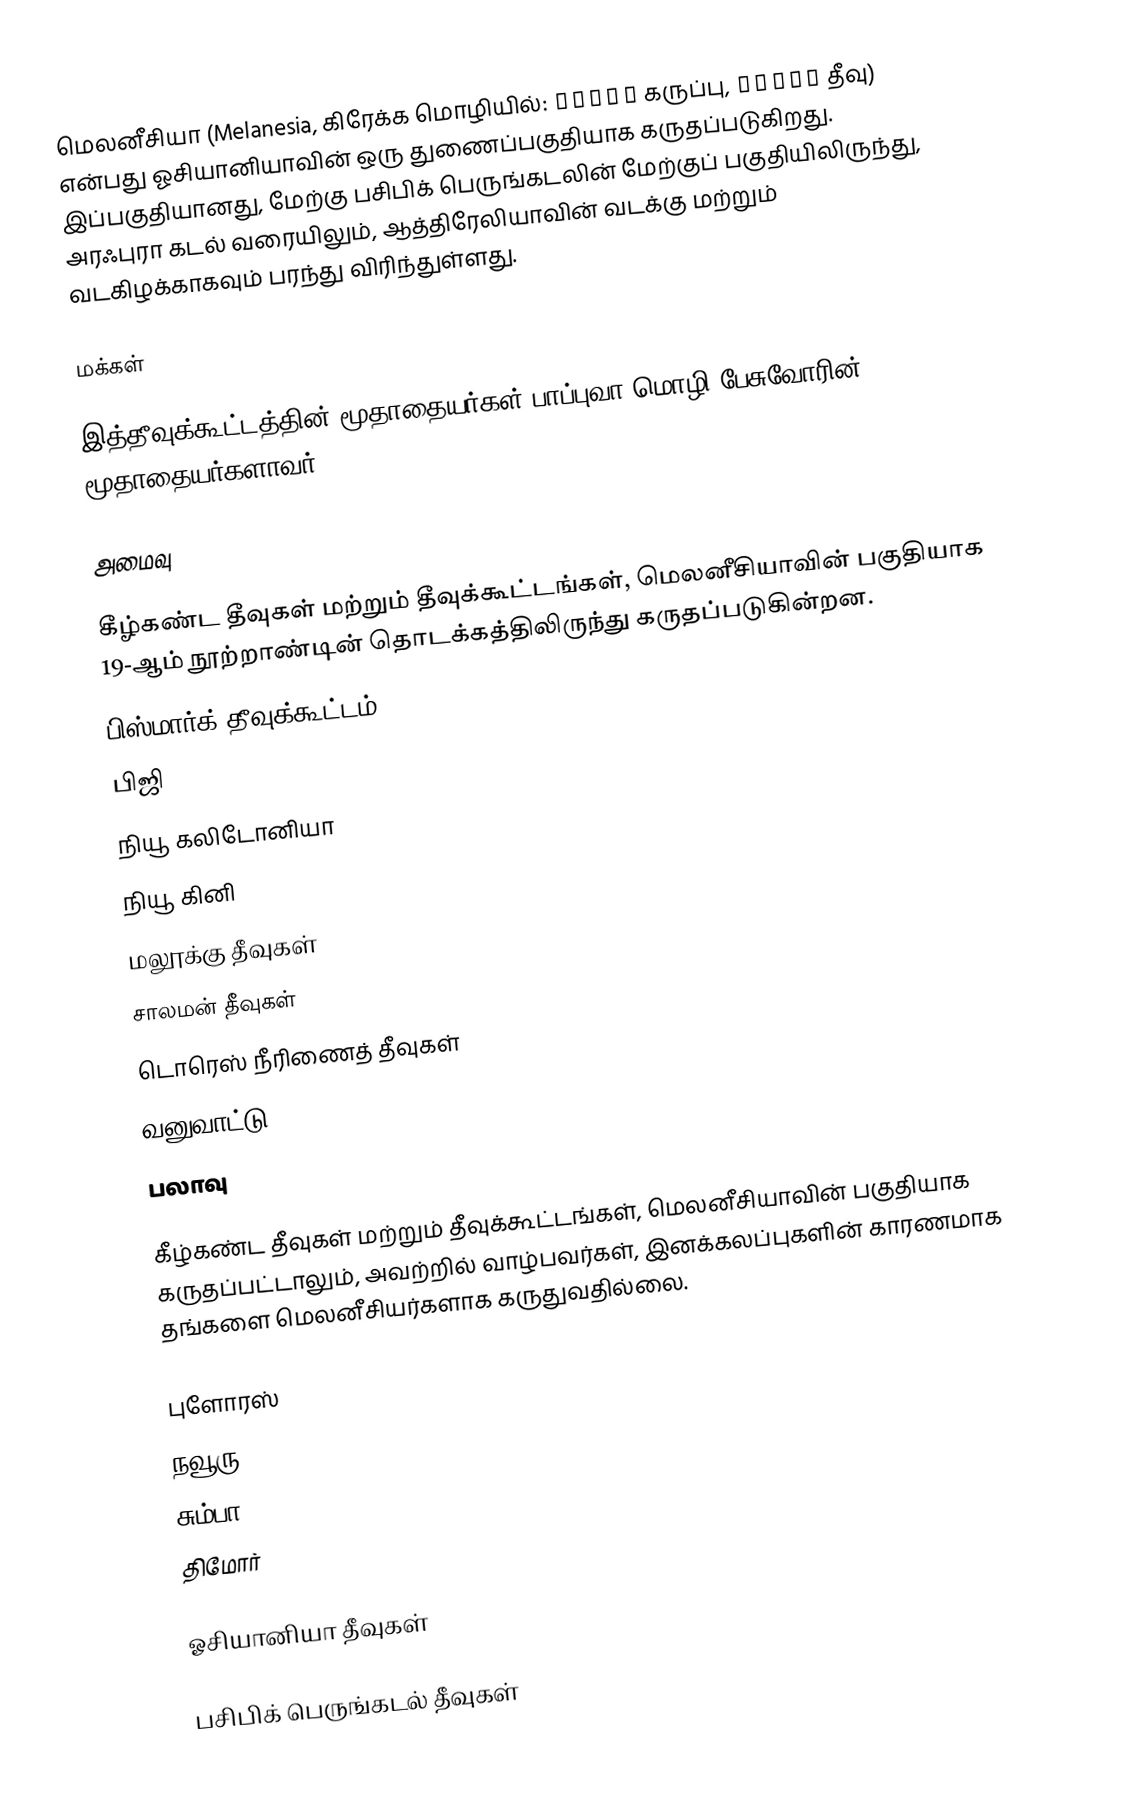
மெலனீசியா (Melanesia, கிரேக்க மொழியில்: μέλας கருப்பு, νῆσος தீவு) என்பது ஓசியானியாவின் ஒரு துணைப்பகுதியாக கருதப்படுகிறது. இப்பகுதியானது, மேற்கு பசிபிக் பெருங்கடலின் மேற்குப் பகுதியிலிருந்து, அரஃபுரா கடல் வரையிலும், ஆத்திரேலியாவின் வடக்கு மற்றும் வடகிழக்காகவும் பரந்து விரிந்துள்ளது.

மக்கள்

இத்தீவுக்கூட்டத்தின் மூதாதையர்கள் பாப்புவா மொழி பேசுவோரின் மூதாதையர்களாவர்.

அமைவு

கீழ்கண்ட தீவுகள் மற்றும் தீவுக்கூட்டங்கள், மெலனீசியாவின் பகுதியாக 19-ஆம் நூற்றாண்டின் தொடக்கத்திலிருந்து கருதப்படுகின்றன.
 பிஸ்மார்க் தீவுக்கூட்டம்
 பிஜி
 நியூ கலிடோனியா
 நியூ கினி
 மலூக்கு தீவுகள்
 சாலமன் தீவுகள்
 டொரெஸ் நீரிணைத் தீவுகள்
 வனுவாட்டு
 பலாவு

கீழ்கண்ட தீவுகள் மற்றும் தீவுக்கூட்டங்கள், மெலனீசியாவின் பகுதியாக கருதப்பட்டாலும், அவற்றில் வாழ்பவர்கள், இனக்கலப்புகளின் காரணமாக தங்களை மெலனீசியர்களாக கருதுவதில்லை.

 புளோரஸ்
 நவூரு
 சும்பா
 திமோர்

ஓசியானியா தீவுகள்

பசிபிக் பெருங்கடல் தீவுகள்